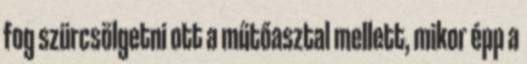
fog szürcsölgetni ott a műtőasztal mellett, mikor épp a